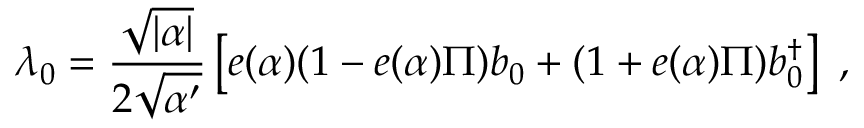
\lambda _ { 0 } = \frac { \sqrt { | \alpha | } } { 2 \sqrt { \alpha ^ { \prime } } } \left[ e ( \alpha ) ( 1 - e ( \alpha ) \Pi ) b _ { 0 } + ( 1 + e ( \alpha ) \Pi ) b _ { 0 } ^ { \dagger } \right] ~ ,